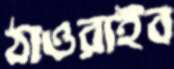
ঠাওরাইব